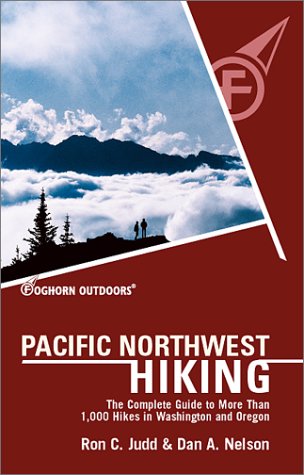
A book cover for Foghorn Pacific Northwest Hiking: The Complete Guide to More Than 1,000 Hikes in Washington and Oregon (Moon Pacific Northwest Hiking); Ron Judd; Travel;